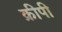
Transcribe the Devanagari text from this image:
क्रीपी